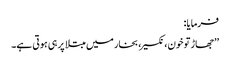
فرمایا :
’’جھاڑ تو خون، نکسیر، بخار میں مبتلا پر ہی ہوتی ہے۔